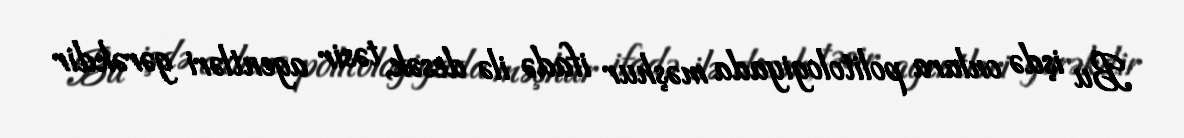
Bu işdə onlara politologiyada məşhur ifadə ilə desək, təsir agentləri gərəkdir